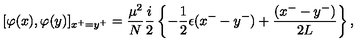
[ \varphi ( x ) , \varphi ( y ) ] _ { x ^ { + } = y ^ { + } } = \frac { \mu ^ { 2 } } { N } \frac { i } { 2 } \left\{ - \frac { 1 } { 2 } \epsilon ( x ^ { - } - y ^ { - } ) + \frac { ( x ^ { - } - y ^ { - } ) } { 2 L } \right\} ,